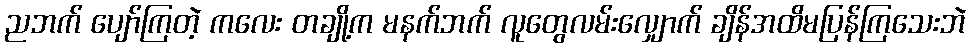
ညဘက် ပျော်ကြတဲ့ ကလေး တချို့က မနက်ဘက် လူတွေလမ်းလျှောက် ချိန်အထိမပြန်ကြသေးဘဲ